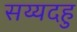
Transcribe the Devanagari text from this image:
सय्यदहु